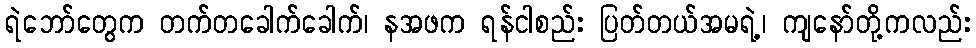
ရဲဘော်တွေက တက်တခေါက်ခေါက်၊ နအဖက ရန်ငါစည်း ပြတ်တယ်အမရဲ့၊ ကျနော်တို့ကလည်း